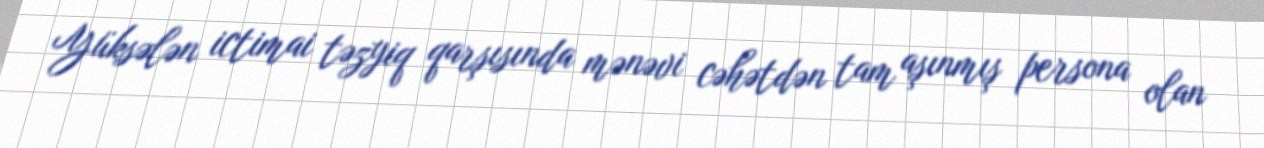
Yüksələn ictimai təzyiq qarşısında mənəvi cəhətdən tam aşınmış persona olan